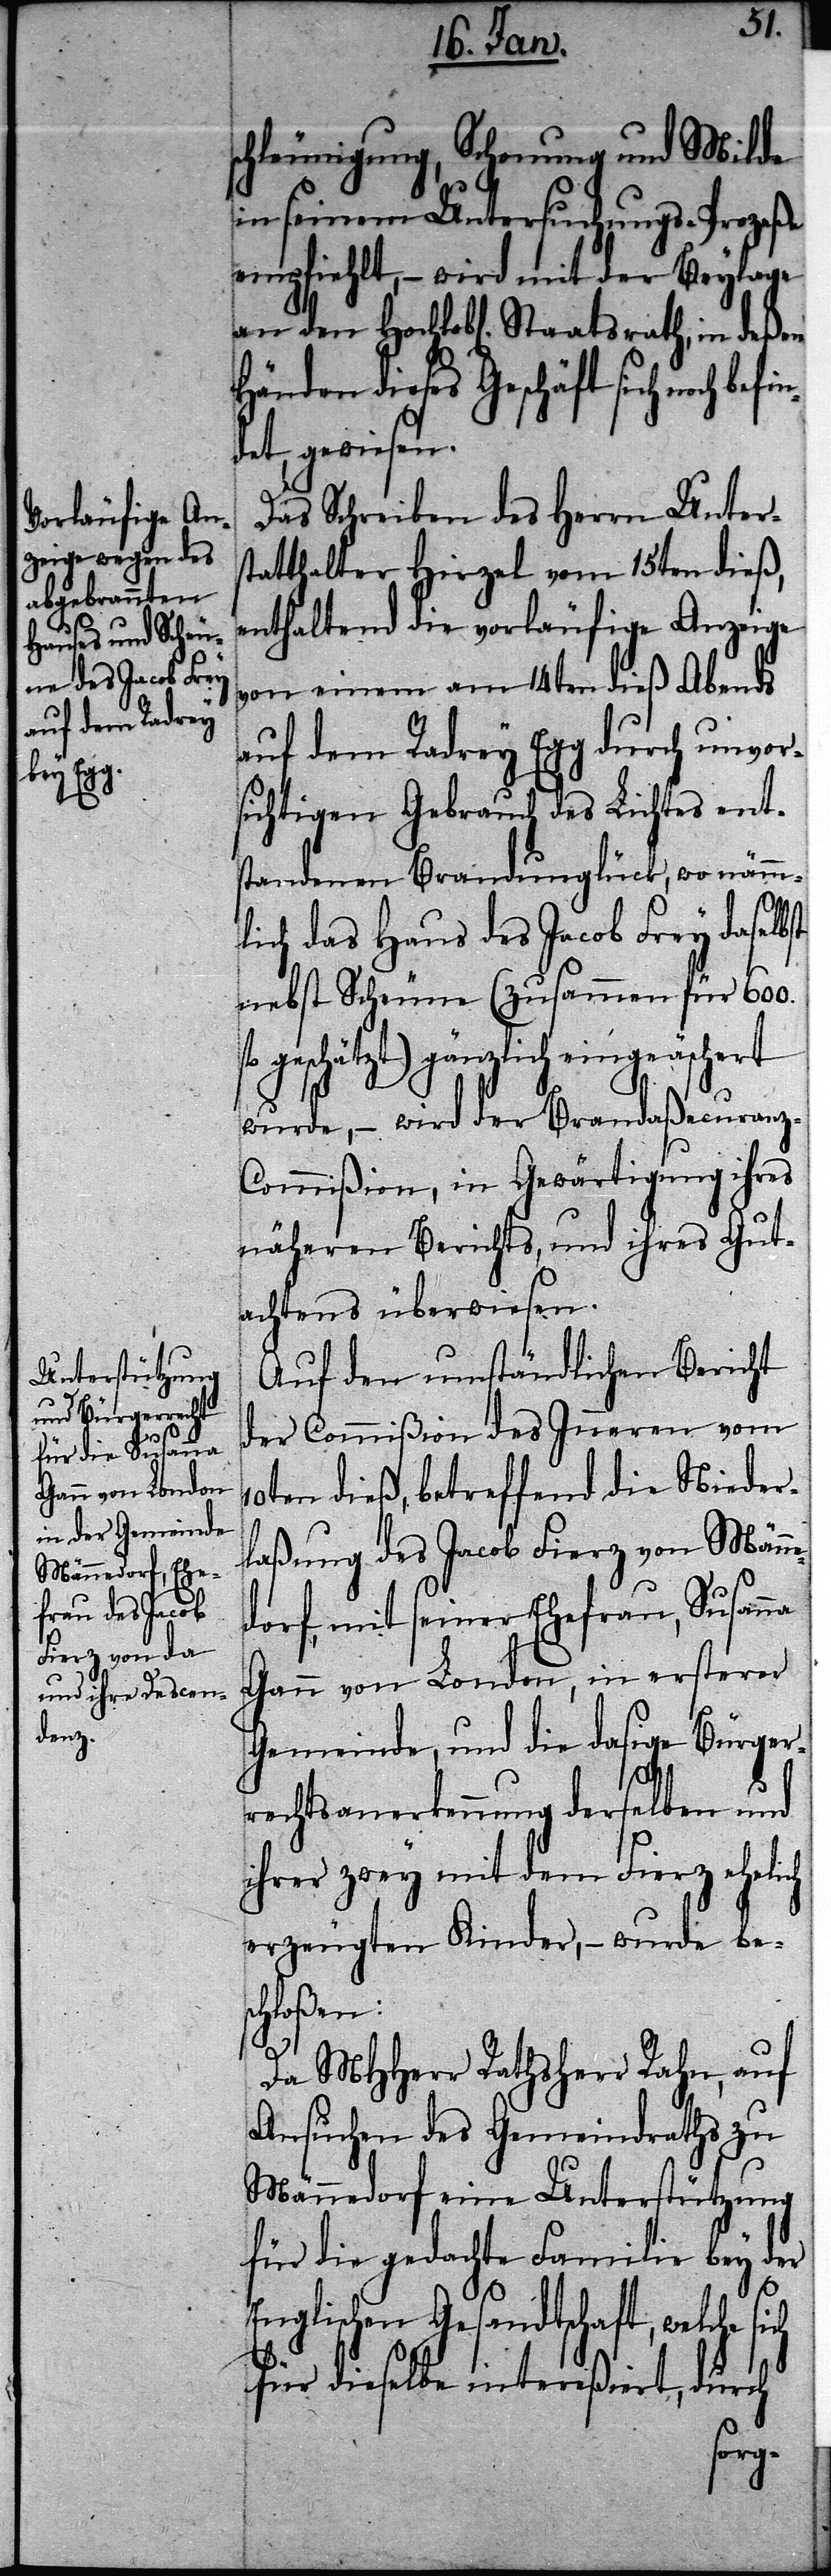
den

schleunigung, Schonung und Milde
in seinem Untersuchungs-Prozeße
empfiehlt, – wird mit der Beylage
Händen dieses Geschäft sich noch bef¬
det, gewiesen.
Das Schreiben des Herrn Unter¬
statthalter Hirzel vom 15ten dieß,
enthaltend die vorläufige Anzeige
von einem am 14ten dieß Abends
auf dem Radrey Egg durch unvor¬
sichtigen Gebrauch des Lichtes ent¬
standenen Brandunglück, wo nämm¬
lich das Haus des Jacob Frey daselbst
nebst Scheune (zusammen für 600.
geschätzt) gänzlich eingeäschert
wurde, – wird der Brandaßecuranz-C¬
ommißion, in Gewärtigung ihres
näheren Berichts, und ihres Gut¬
achtens überwiesen.
Auf den umständlichen Bericht
der Commißion des Inneren vom
10ten dieß, betreffend die Nieder¬
laßung des Jacob Fierz von Männe¬
dorf, mit seiner Ehefrau, Susan¬
Gann von London, in ersterer
Gemeinde, und die dasige Bürger¬
rechtsanerkennung derselben und
ihrer zwey mit dem Fierz ehelich
erzeugten Kinder, – wurde be¬
hloßen:
Da MHHerr Rathsherr Rahn, auf
Ansuchen des Gemeindraths zu
Männedorf eine Unterstützung
für die gedachte Familie bey der
Englischen Gesandtschaft, welche si¬
ch
für dieselbe intereßiert, durch